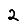
Digit: 2